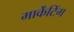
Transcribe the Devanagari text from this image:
मार्केंटिंग